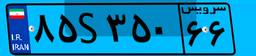
۸۵S۳۵۰۶۶